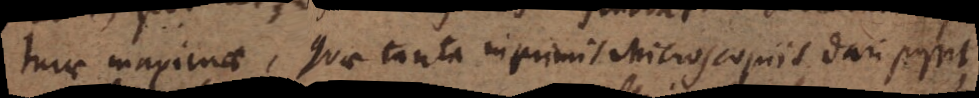
turae maximae, quae tanta inprimis Microscopiis dari possit,